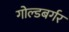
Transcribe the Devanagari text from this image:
गोल्डबर्गर